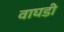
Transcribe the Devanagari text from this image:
वाघडी